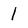
Character: 1